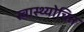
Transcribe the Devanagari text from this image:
स्वास्थ्योचित